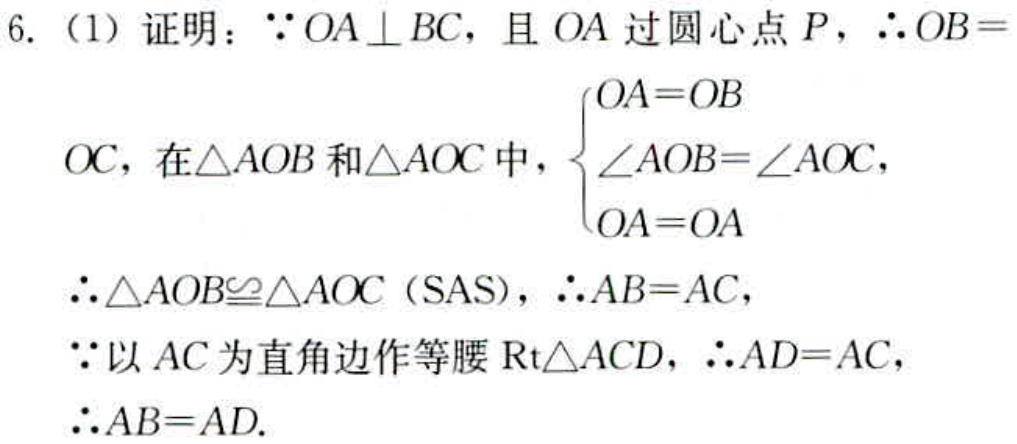
6.（1）证明：\(\because OA\perp BC\)，且 \(OA\) 过圆心点 \(P\)，\(\therefore OB = \)
\(OC\)，在\(\triangle AOB\) 和\(\triangle AOC\) 中，\(\begin{cases}OA = OB\\\angle AOB=\angle AOC\\OA = OA\end{cases}\)
\(\therefore\triangle AOB\cong\triangle AOC\)（SAS），\(\therefore AB = AC\)，
\(\because\)以 \(AC\) 为直角边作等腰 \(\text{Rt}\triangle ACD\)，\(\therefore AD = AC\)，
\(\therefore AB = AD\).